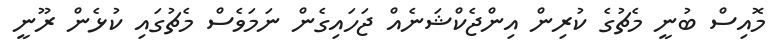
މޮއިސް ބުނީ މެޗުގެ ކުރިން އިންޖެކްޝަނެއް ޖަހައިގެން ނަމަވެސް މެޗުގައި ކުޅެން ރޫނީ